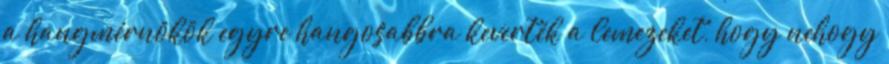
a hangmérnökök egyre hangosabbra keverték a lemezeket, hogy nehogy